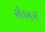
રોબર